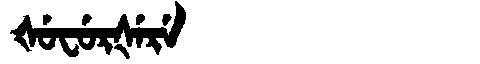
Manchu: ᡧᡠᠸᡠᡵᡧᡝᡵᡝ
Romanization: ŠUFURŠERE